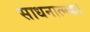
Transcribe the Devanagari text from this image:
साधनात्मक।